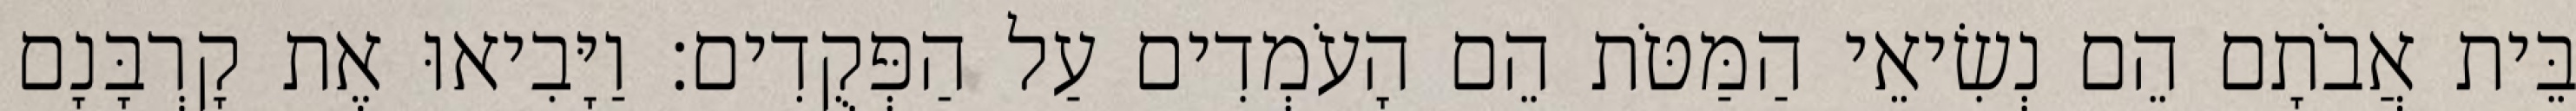
בֵּית אֲבֹתָם הֵם נְשִׂיאֵי הַמַּטֹּת הֵם הָעֹמְדִים עַל הַפְּקֻדִים׃ וַיָּבִיאוּ אֶת קָרְבָּנָם